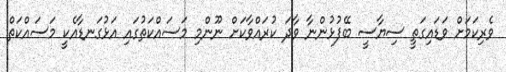
ވެރިކަމަށް ވަޑައިގަތީ ސިޔާސީ ބޭފުޅުންނާ ވާދަ ކުރައްވާކަށް ނޫންމި މަސައްކަތުގައި އަޅުގަނޑާއެކީ މަސައްކަތް